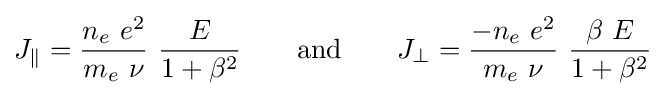
J_{\parallel }={\frac {n_{e}\ e^{2}}{m_{e}\ \nu }}\ {\frac {E}{1+\beta ^{2}}}\qquad {\text{and}}\qquad J_{\perp }={\frac {-n_{e}\ e^{2}}{m_{e}\ \nu }}\ {\frac {\beta \ E}{1+\beta ^{2}}}